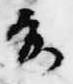
前